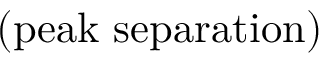
( \mathrm { p e a k \ s e p a r a t i o n } )